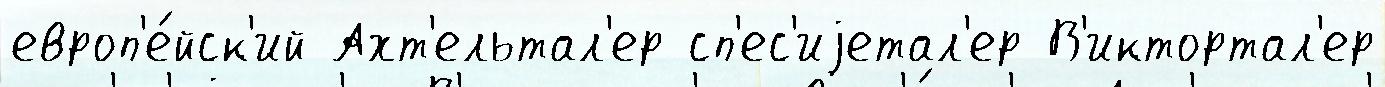
европ'е́йск'ий Ахт'ельтал'ер сп'ес'иjетал'ер В'иктортал'ер